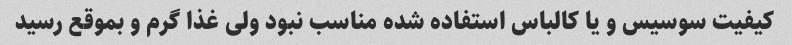
کیفیت سوسیس و یا کالباس استفاده شده مناسب نبود ولی غذا گرم و بموقع رسید